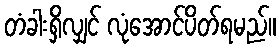
တံခါးရှိလျှင် လုံအောင်ပိတ်ရမည်။